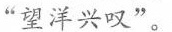
”望洋兴叹”。